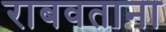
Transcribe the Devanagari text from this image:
राबवताना